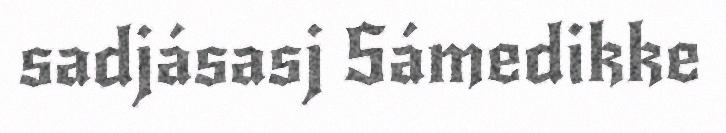
sadjásasj Sámedikke